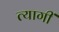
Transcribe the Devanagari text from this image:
त्यागीं